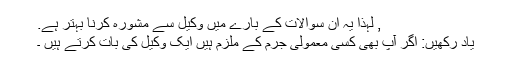
, لہٰذا یہ ان سوالات کے بارے میں وکیل سے مشورہ کرنا بہتر ہے.
یاد رکھیں: اگر آپ بھی کسی معمولی جرم کے ملزم ہیں ایک وکیل کی بات کرتے ہیں ۔